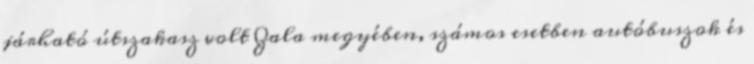
járható útszakasz volt Zala megyében, számos esetben autóbuszok és